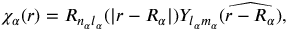
\chi _ { \alpha } ( \boldsymbol { r } ) = R _ { n _ { \alpha } l _ { \alpha } } ( | \boldsymbol { r } - \boldsymbol { R } _ { \alpha } | ) Y _ { l _ { \alpha } m _ { \alpha } } ( \widehat { \boldsymbol { r } - \boldsymbol { R } _ { \alpha } } ) ,